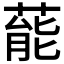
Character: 𮐝